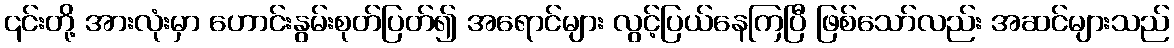
၎င်းတို့ အားလုံးမှာ ဟောင်းနွမ်းစုတ်ပြတ်၍ အရောင်များ လွင့်ပြယ်နေကြပြီ ဖြစ်သော်လည်း အဆင်များသည်